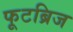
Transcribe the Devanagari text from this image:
फूटब्रिज